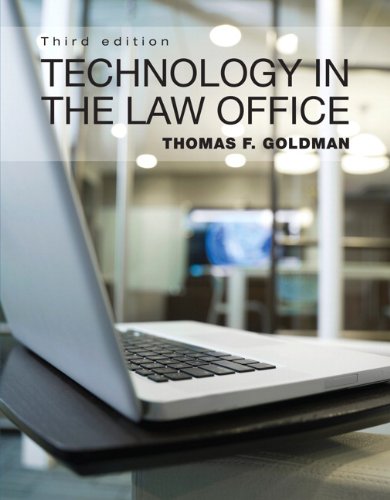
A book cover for Technology in the Law Office (3rd Edition); Thomas F. Goldman; Law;